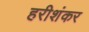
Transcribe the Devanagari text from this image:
हरीशंकर